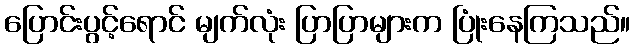
ပြောင်းပွင့်ရောင် မျက်လုံး ပြာပြာများက ပြုံးနေကြသည်။